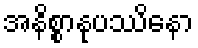
အနိစ္စာနုပဿိနော